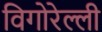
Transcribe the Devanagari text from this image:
विगोरेल्ली